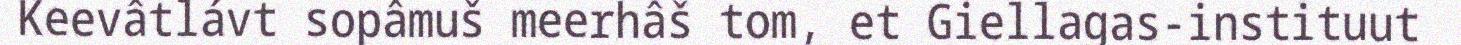
Keevâtlávt sopâmuš meerhâš tom, et Giellagas-instituut